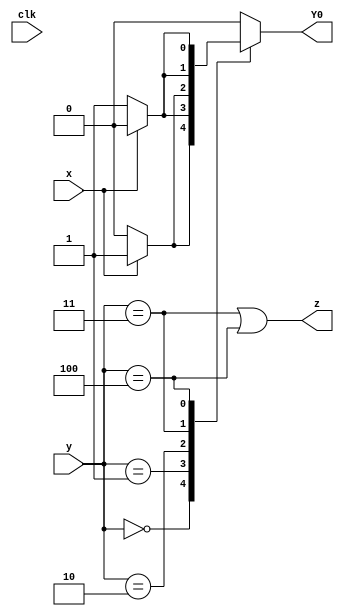
module top_module (
    input clk,
    input [2:0] y,
    input x,
    output Y0,
    output z
);
    parameter S0=3'b000, S1=3'b001, S2=3'b010, S3=3'b011, S4=3'b100;
    reg [2:0] next_state;
    
    always @(*) begin
        case(y)
            S0 : next_state <= x ? S1 : S0;
            S1 : next_state <= x ? S4 : S1;
            S2 : next_state <= x ? S1 : S2;
            S3 : next_state <= x ? S2 : S1;
            S4 : next_state <= x ? S4 : S3;
            default: next_state <= S0;
        endcase
    end

    assign Y0 = next_state[0];
    assign z = y == 3'b011 || y == 3'b100;

endmodule